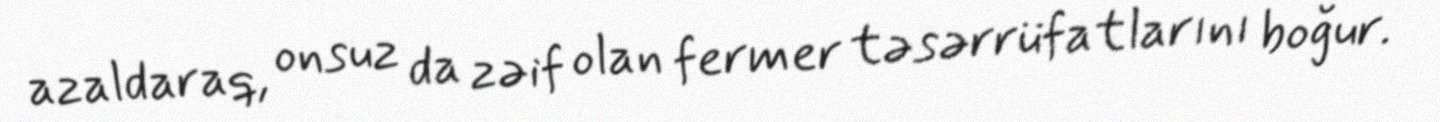
azaldaraq, onsuz da zəif olan fermer təsərrüfatlarını boğur.